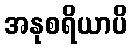
အနုစရိယာပိ